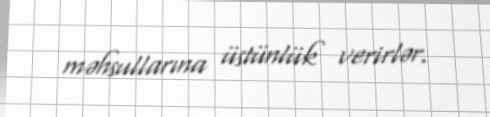
məhsullarına üstünlük verirlər.